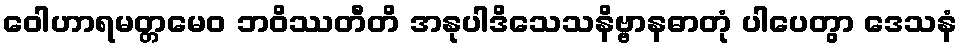
ဝေါဟာရမတ္တမေဝ ဘဝိဿတီတိ အနုပါဒိသေသနိဗ္ဗာနဓာတုံ ပါပေတွာ ဒေသနံ